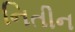
નિતીન